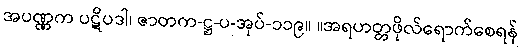
အပဏ္ဏက ပဋိပဒါ၊ ဇာတက-ဋ္ဌ-ပ-အုပ်-၁၁၉။ ။အရဟတ္တဖိုလ်ရောက်စေရန်